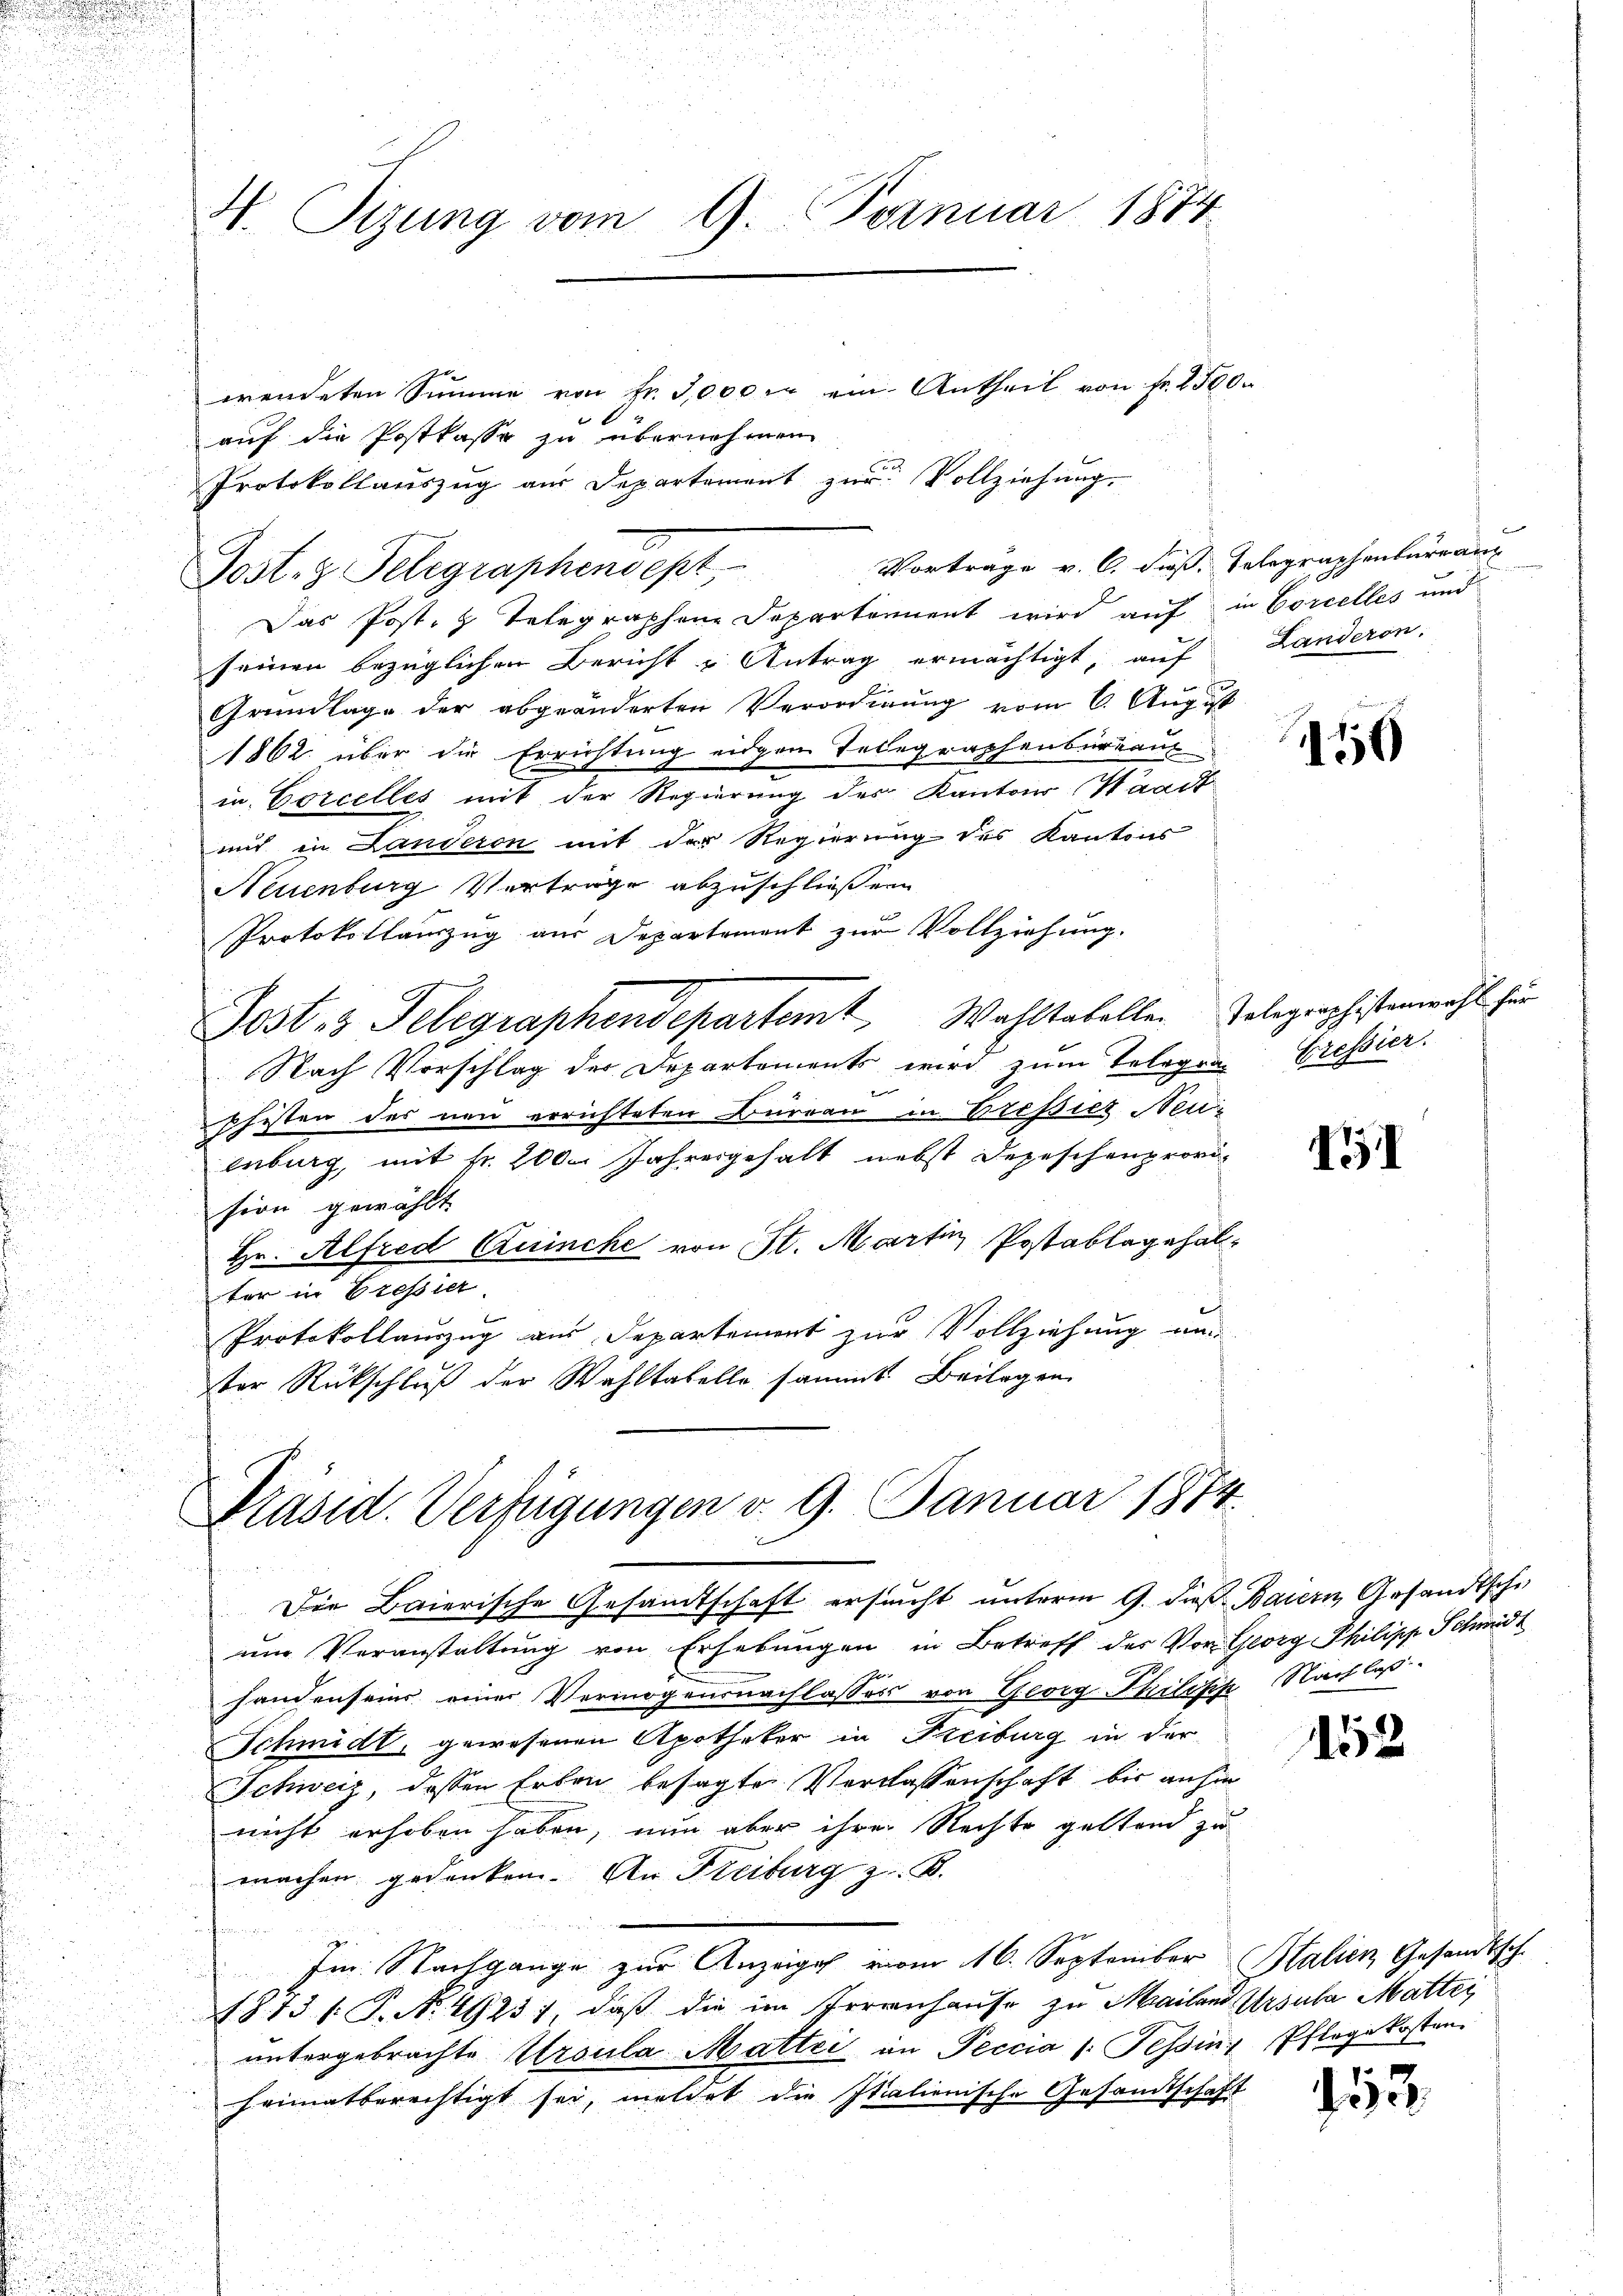
d
u

5
i

wendeten Summe von Fr. 3000 M ein Antheil von Fr. 1500.
i
auf die Postkasse zu übernehmen
Protokollauszug aus Departement zur Vollziehung.
Das Post.  Telegraphene Departement wird auf in Corcelles und
seinen bezüglichen Bericht u Antrag ermächtigt, auf Landeron.
Grundlage der abgeänderten Verordnung vom 6. August
1862 über die Errichtung eidgem Telegraphenbureau
in Corcelles mit der Regierung des Kantons Waadt
mit in Landeren mit der Regierung des Kantons
Neuenburg Vortrage abzuschließen
Protokollauszug aus Departement zur Vollziehung.
Jost 3 Telegraphendepartemt, Wahltabellen Tolographistenwahl für

Nach Vorschlag der Departements wird zum Telegra Pressier
f
pfisten des neu errichteten Bureau in Erepies Neuz
u
enburg, mit Nr. 200. Jahresgehalt nebst Depeschenprovision gewählt.
Hr. Alfred Quinche von St. Martin Postablagehalter in Pressier
Protokollauszug aus Departement zur Vollziehung un
ter Rückschluß der Wahltabelle sammt. Beilagen

u
H. Sizung vom 9. Fernuar 1874

Jost. Telegraphendept,

Vorträge v. 6. dieß. Telegraphenlurrang

Präsid. Verfügungen d. 9. Januar 1874.

um Veranstaltung von Erhebungen in Betreff der Vor Georg Philipp Schmidt
i
handenseins einer Vermögensnachlasses von Georg Philisch Nachlaß
Schmidt, gewesenen Apotheker in Freiburg in der
Schweiz, dessen Erben besagte Verlassenschaft bis anhin
nicht erhoben haben, nun aber ihrer Rechte geltend zu
machen gedenken. An Freiburg z. B.
Im Nachgange zur Anzeige vom 16. September Stalien Gesandtsch
1873 /: P. N. 4925; daß die im Irrenhause zu Mailand Ursula Mattei
untergebrachte Ursula Mattei an Peccia /: Tessin, Pflegekosten
heimatberechtigt sei, meldet die Italienische Gesandtschaft

Die Baierische Gesandtschaft ersucht unterm 9. dieß Baiern Gesandtsche

150

151

152

13.